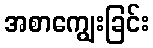
အစာကျွေးခြင်း